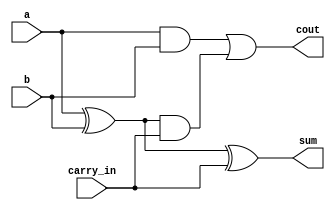
module FA(a, b, carry_in, cout, sum);


    input a, b, carry_in;
    output cout, sum;
    wire e1, e2, e3;

	xor(e1, a, b) ;
	and(e2, a, b) ;
	and(e3, e1, carry_in) ;
	or(cout, e2, e3) ;
	xor(sum, e1, carry_in) ;

endmodule